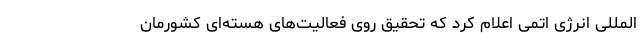
المللی انرژی اتمی اعلام کرد که تحقیق روی فعالیت‌های هسته‌ای کشورمان